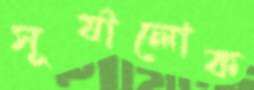
সূর্যালোক